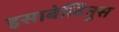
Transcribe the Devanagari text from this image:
इसाबेलिनुस